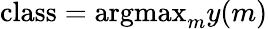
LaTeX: \mathrm{class}=\mathrm{argmax}_{m}y(m)